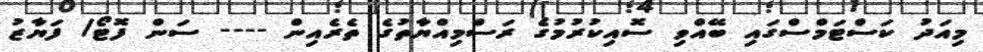
މިއަދު ކަސްޓަމްސްގައި ބޭއްވި ސޮއިކުރުމުގެ ރަސްމިއްޔާތުގެ ތެރެއިން ---- ސަން ފޮޓޯ/ ފަޔާޒު